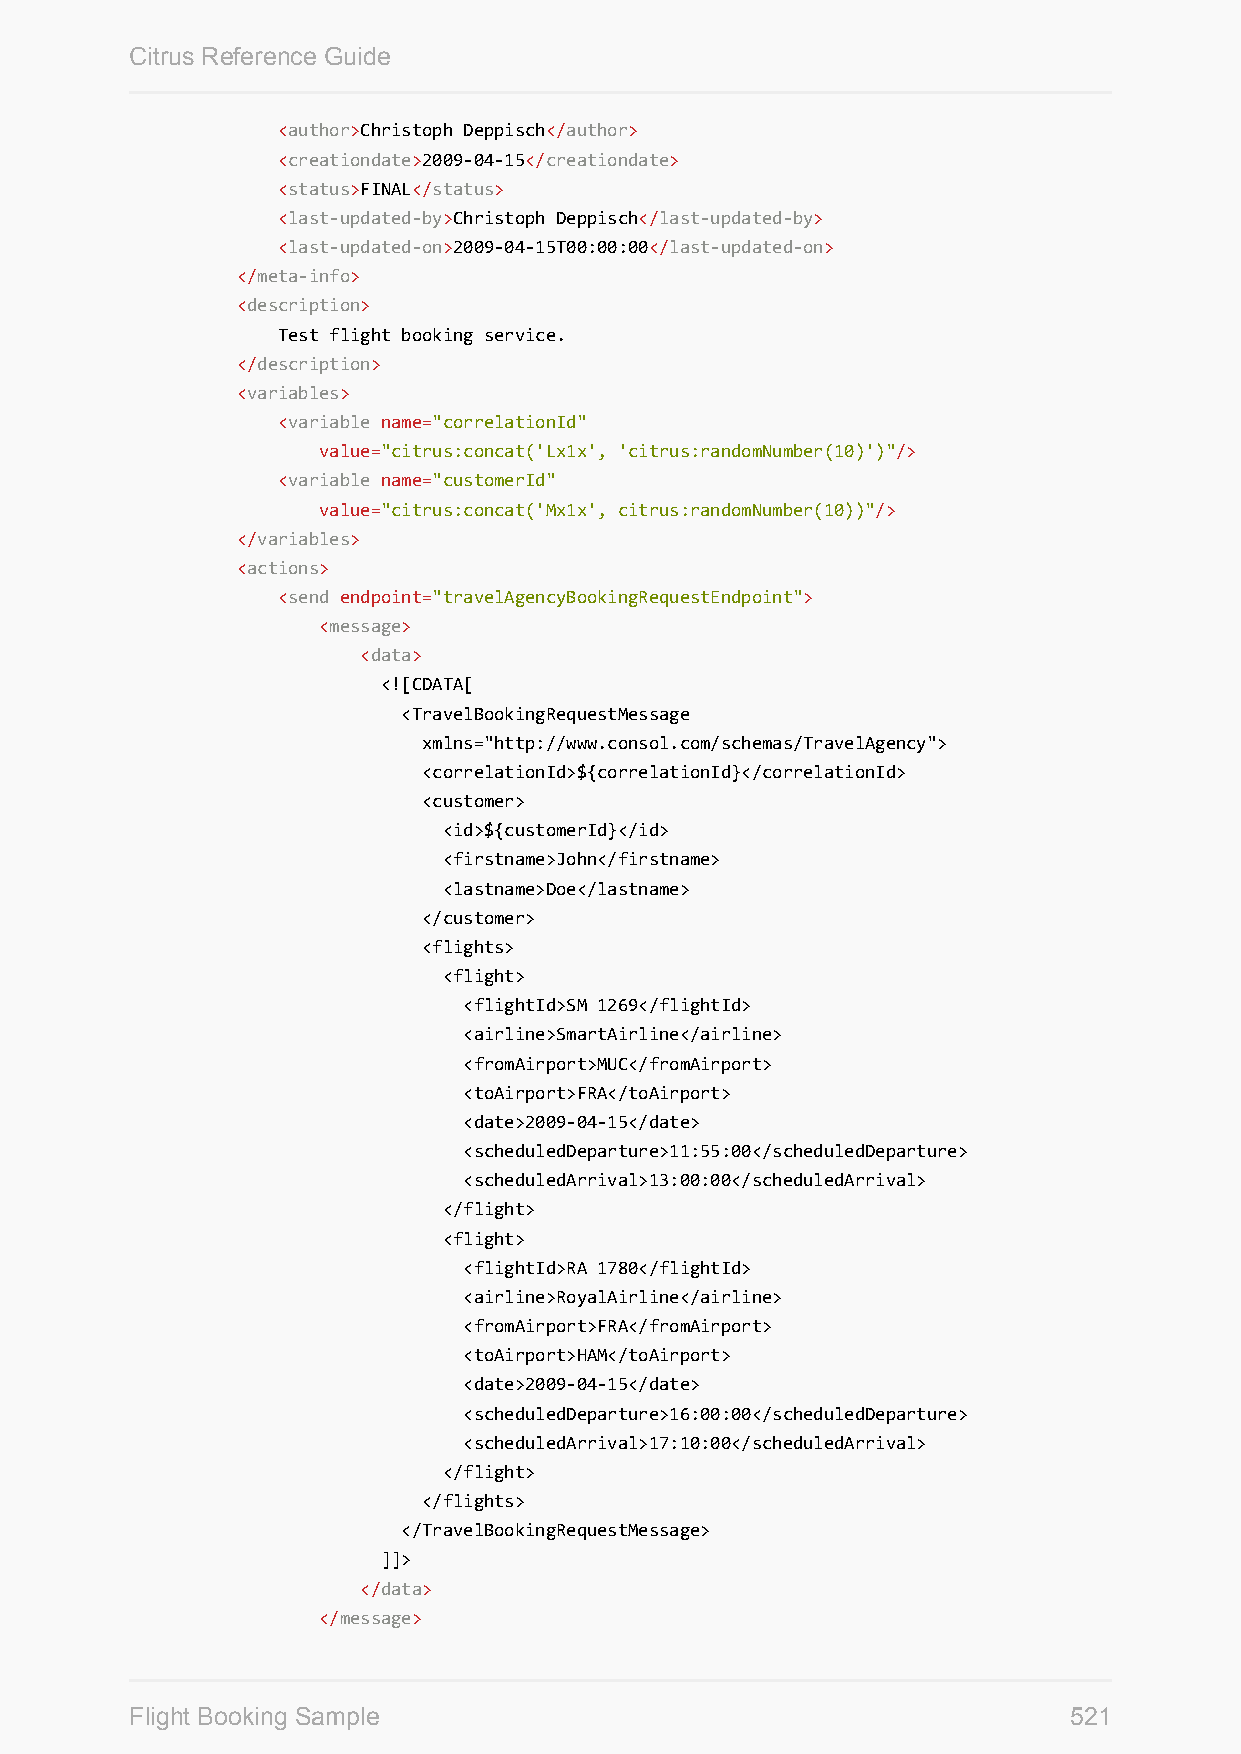
Citrus Reference Guide
 <author>Christoph Deppisch</author>
 <creationdate>2009-04-15</creationdate>
 <status>FINAL</status>
 <last-updated-by>Christoph Deppisch</last-updated-by>
 <last-updated-on>2009-04-15T00:00:00</last-updated-on>
 </meta-info>
 <description>
 Test flight booking service.
 </description>
 <variables>
 <variable name="correlationId"
 value="citrus:concat('Lx1x', 'citrus:randomNumber(10)')"/>
 <variable name="customerId"
 value="citrus:concat('Mx1x', citrus:randomNumber(10))"/>
 </variables>
 <actions>
 <send endpoint="travelAgencyBookingRequestEndpoint">
 <message>
 <data>
 <![CDATA[
 <TravelBookingRequestMessage
 xmlns="http://www.consol.com/schemas/TravelAgency">
 <correlationId>${correlationId}</correlationId>
 <customer>
 <id>${customerId}</id>
 <firstname>John</firstname>
 <lastname>Doe</lastname>
 </customer>
 <flights>
 <flight>
 <flightId>SM 1269</flightId>
 <airline>SmartAirline</airline>
 <fromAirport>MUC</fromAirport>
 <toAirport>FRA</toAirport>
 <date>2009-04-15</date>
 <scheduledDeparture>11:55:00</scheduledDeparture>
 <scheduledArrival>13:00:00</scheduledArrival>
 </flight>
 <flight>
 <flightId>RA 1780</flightId>
 <airline>RoyalAirline</airline>
 <fromAirport>FRA</fromAirport>
 <toAirport>HAM</toAirport>
 <date>2009-04-15</date>
 <scheduledDeparture>16:00:00</scheduledDeparture>
 <scheduledArrival>17:10:00</scheduledArrival>
 </flight>
 </flights>
 </TravelBookingRequestMessage>
 ]]>
 </data>
 </message>
 Flight Booking Sample                                         521